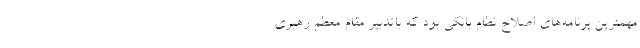
مهمترین برنامه‌های اصلاح نظام بانکی بود که باتدبیر مقام معظم رهبری